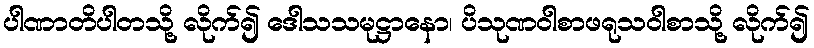
ပါဏာတိပါတသို့ လိုက်၍ ဒေါသသမုဋ္ဌာနော၊ ပိသုဏဝါစာဖရုသဝါစာသို့ လိုက်၍